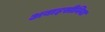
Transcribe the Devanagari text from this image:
अबाइसीनिया